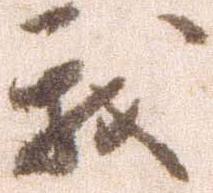
我